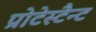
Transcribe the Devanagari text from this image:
प्रोटेस्टैन्ट